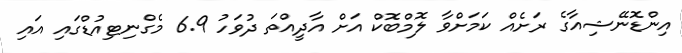
އިންޑޮނޭޝިއާގެ ރަށެއް ކަމަށްވާ ލޮމްބޮކް އަށް އާދީއްތަ ދުވަހު 6.9 މެގްނިޓިއުޑްގައި އައި